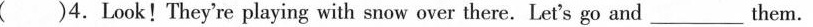
( )4.Look!They're playing with snow over there. Let's go and ___ them.